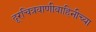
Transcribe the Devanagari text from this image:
दूरचित्रवाणीवाहिनीच्या